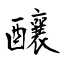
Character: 釀